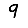
Digit: 9